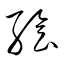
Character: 絵